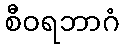
စီဝရဘာဂံ